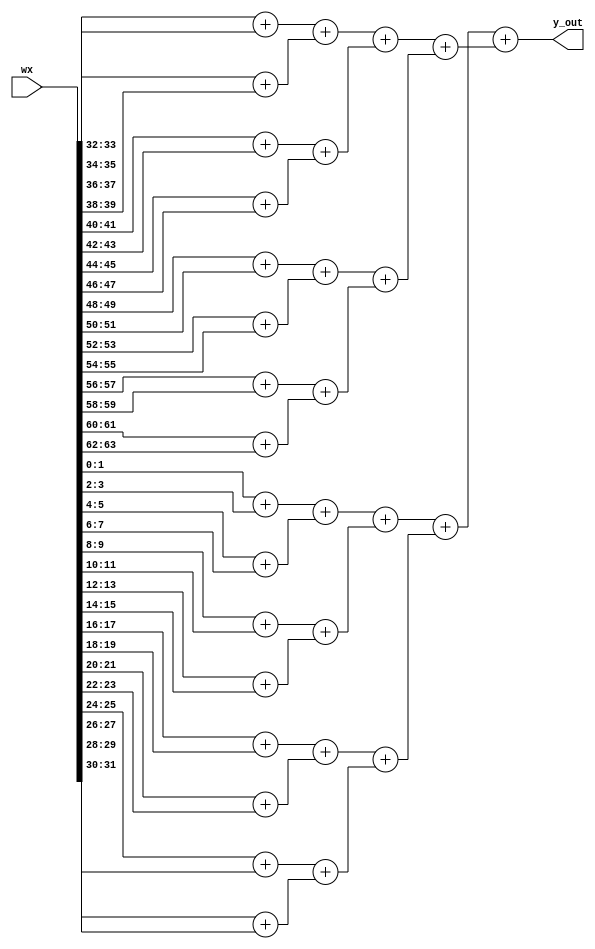
module adder_tree
#(
    parameter   n_stage = 5     // Minumum is 1 stage
)
(
    input         [WX_BITS-1:0]  wx,
    output signed [(n_stage+1):0]         y_out
);

    localparam WX_BITS = 2**(n_stage+1);

    genvar i, j;
    generate
    // Generate connections
    for (i = 0; i < n_stage; i = i+1) begin : connection
        wire signed [(i+2):0] sum [(2**(n_stage-1-i)-1):0]; // partial sum
    end

    // Stage 1
    // for (j = 0; j < 2**(n_stage-1); j = j+1) begin : first_stage
    for (j = 0; j < WX_BITS/4; j = j+1) begin : first_stage
        assign connection[0].sum[j] = $signed(wx[(4*j+1):(4*j+0)]) +
                                      $signed(wx[(4*j+3):(4*j+2)]);
    end

    // Remaining stages
    for (i = 1; i < n_stage; i = i+1) begin : stage_loop
        for (j = 0; j < 2**(n_stage-1-i); j = j+1) begin : stage
            assign connection[i].sum[j] = connection[i-1].sum[2*j+0] +
                                          connection[i-1].sum[2*j+1];
        end
    end

    assign y_out = connection[n_stage-1].sum[0];
    endgenerate

endmodule